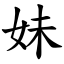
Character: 妹